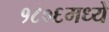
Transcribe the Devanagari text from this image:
१८०६मध्ये